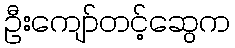
ဦးကျော်တင့်ဆွေက